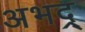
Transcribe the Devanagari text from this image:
अभद्र्